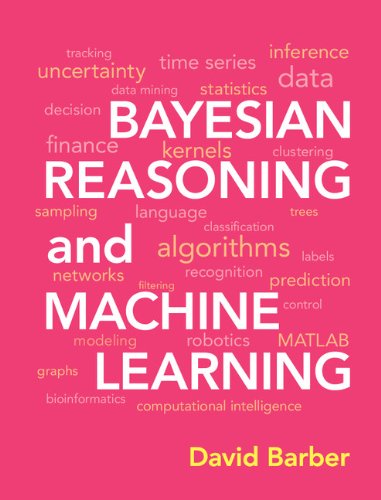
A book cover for Bayesian Reasoning and Machine Learning; David Barber; Computers & Technology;